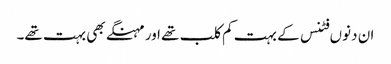
ان دنوں فٹنس کے بہت کم کلب تھے اور مہنگے بھی بہت تھے۔